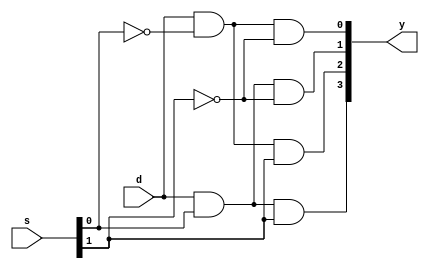
module demux_1_4_str(d,s,y);
input d;
input [1:0]s;
output [3:0]y;

wire w0,w1;
not l1(w0,s[0]);
not l2(w1,s[1]);

and l3(y[0],d,w0,w1);
and l4(y[1],d,s[0],w1);
and l5(y[2],d,w0,s[1]);
and l6(y[3],d,s[0],s[1]);

endmodule